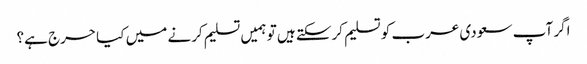
اگر آپ سعودی عرب کو تسلیم کرسکتے ہیں تو ہمیں تسلیم کرنے میں کیا حرج ہے؟